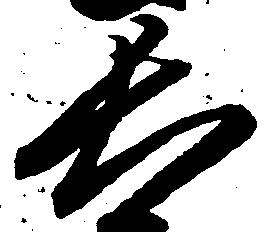
長